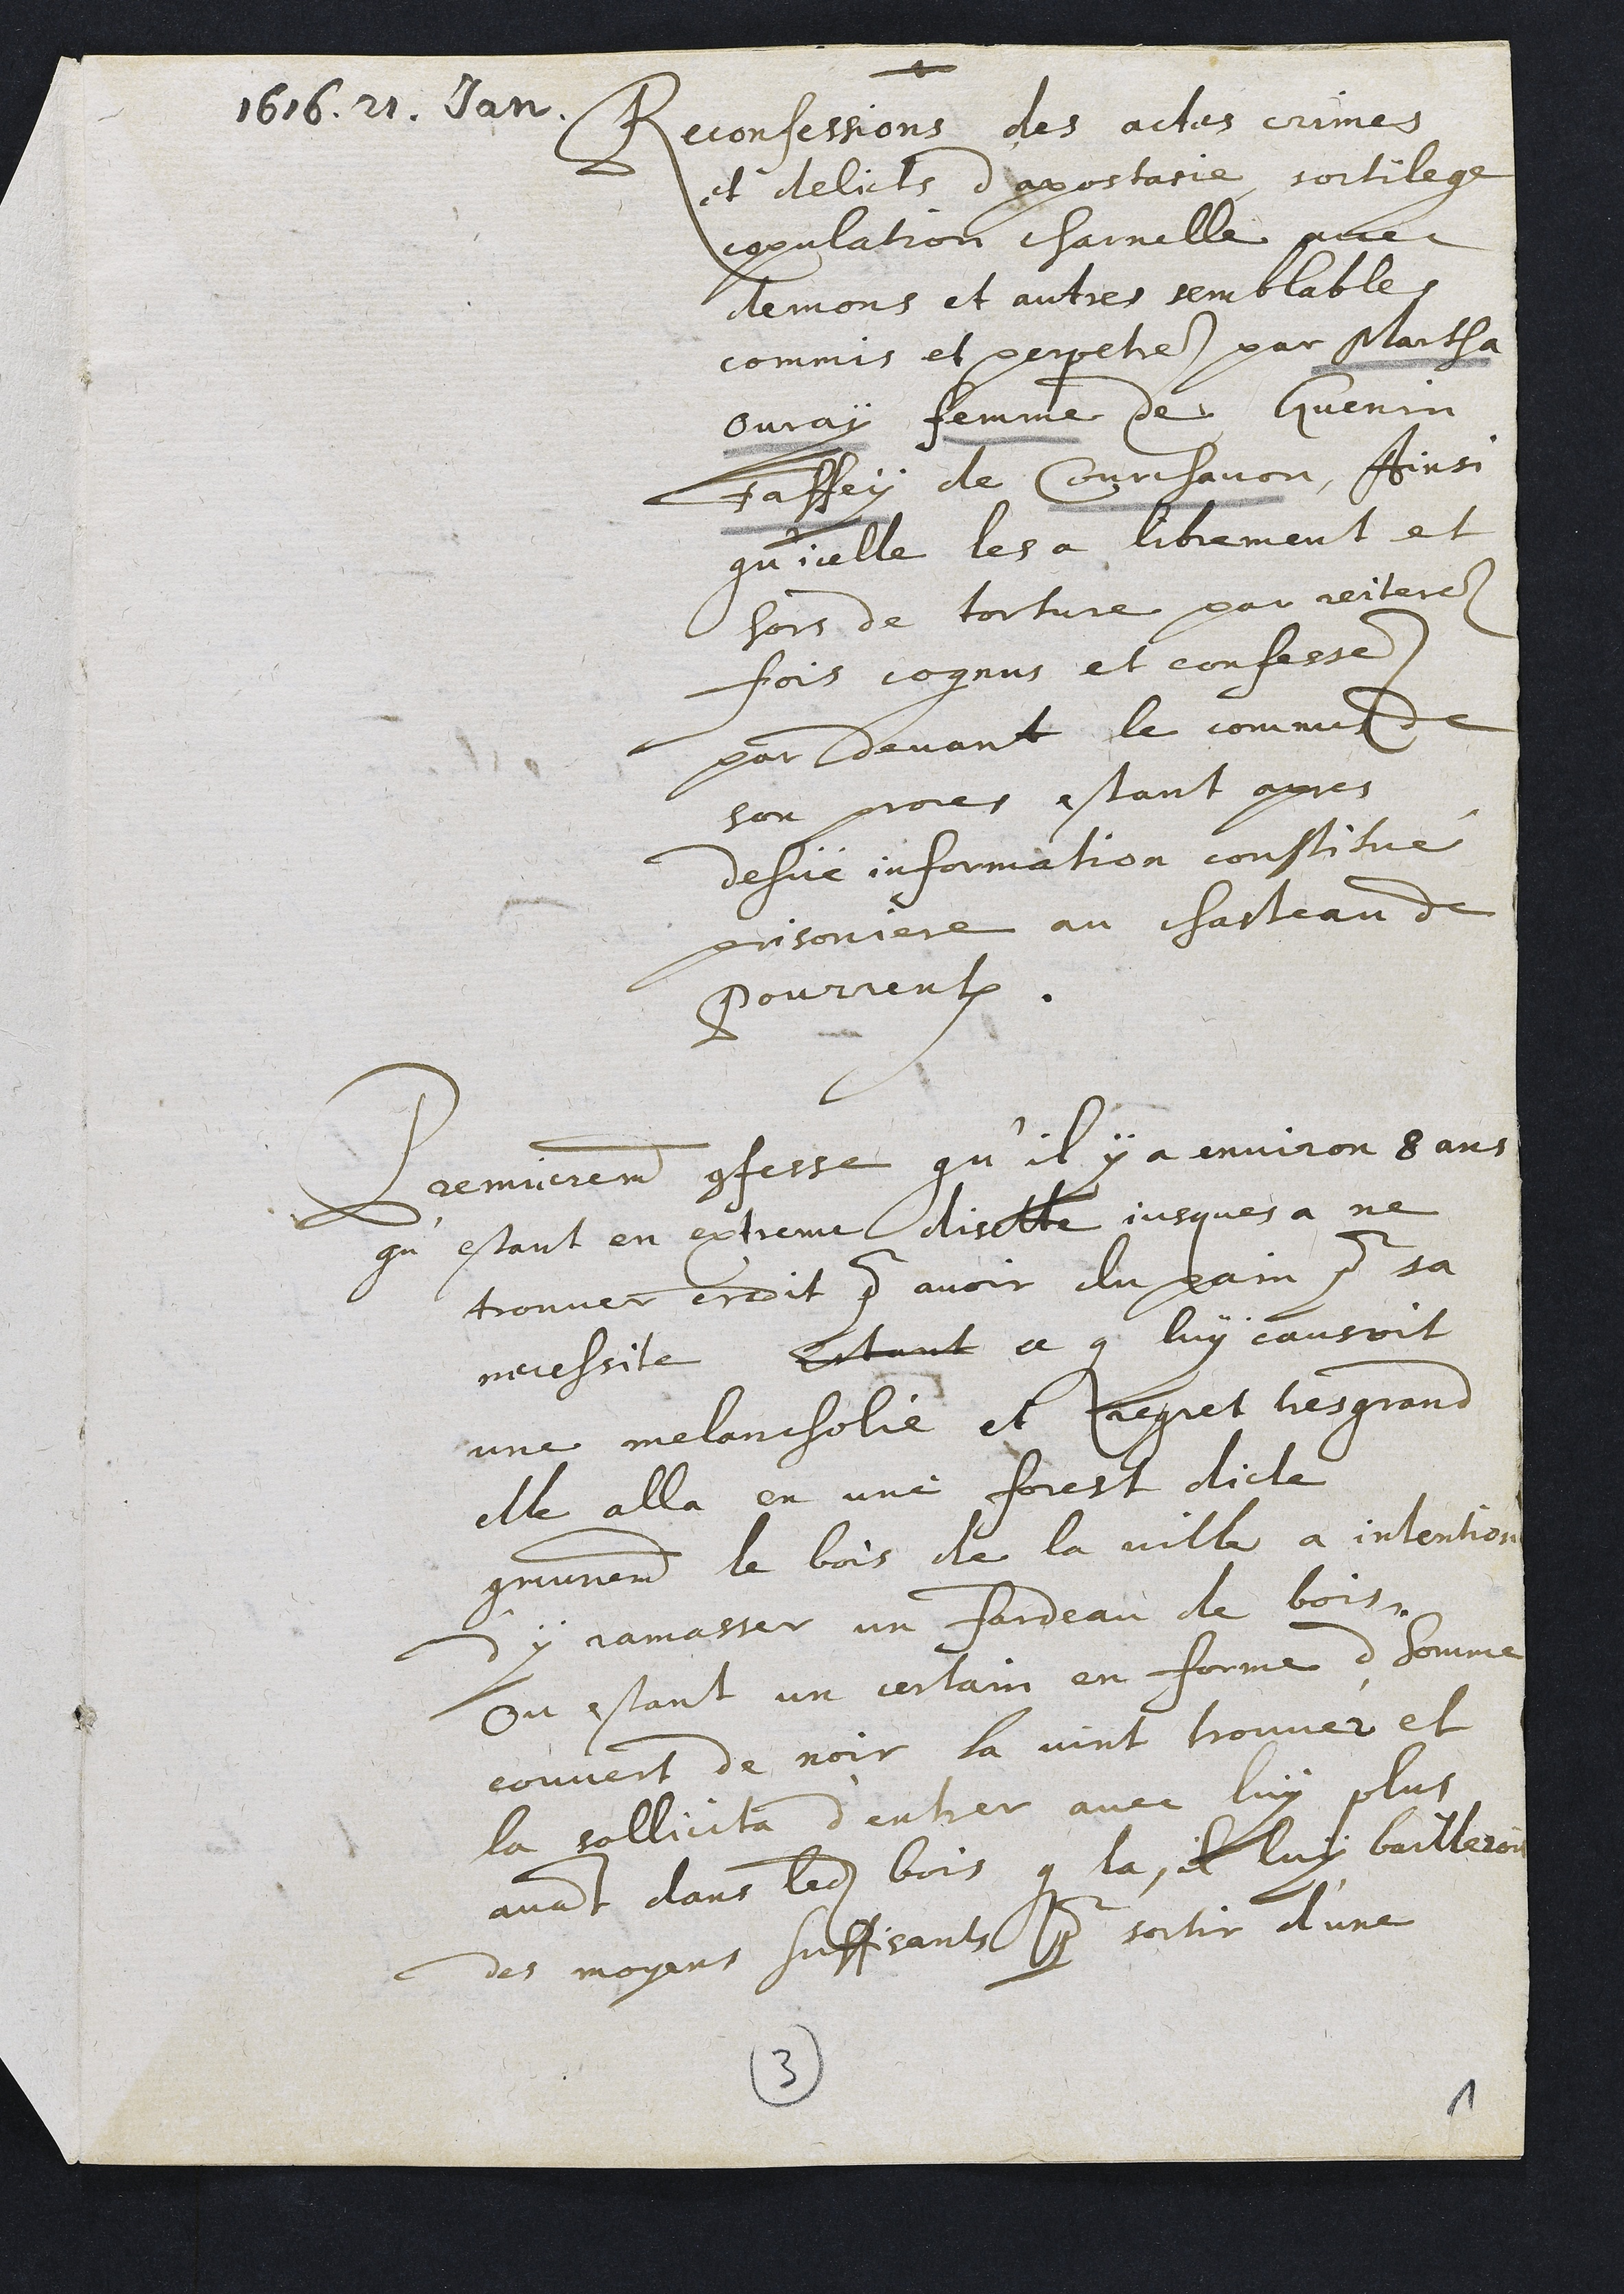
1616.21. Dan.
Reconfessions des actes crimes
et delils d’apostane sortileg
ppulation charnelle pue
demons et autres senmblable)
commis et perpetie), par Maitha
buray femme de Guenin
Jaffey de Courchavon, Aint
qu’icelle les a librement et
hors de torture par reitere
fois cognus et confessé.
pot davant la commes
son proies astant apres
desûé information constitue
Disonire au chasteau d’
Pourrentruy
Premierement gfesse qu’il y à anviron 8ans
qu’estant en extremi disette jusques à ne
trouvee eroit p avoit du pain qour la
neussite Ettant à que luy cautoit
une melancholie et Jquet h’esgrans
elle alla en une forest dicte
omunemnt le bois, de la ville à intentiot
y jamasser un fardeau de bois
ou estant un certain en forme d’homme
couvert de noir la vint trouver et
la sollicita d’entrer avec luy plus
avant dans ledit bois que la, à luy baillero
des moyens suffisant pour sortir d’une